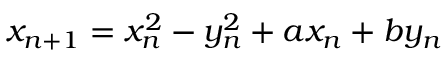
x _ { n + 1 } = x _ { n } ^ { 2 } - y _ { n } ^ { 2 } + a x _ { n } + b y _ { n }